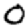
Digit: 0